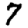
Digit: 7